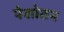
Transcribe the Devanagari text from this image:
पेशोतन